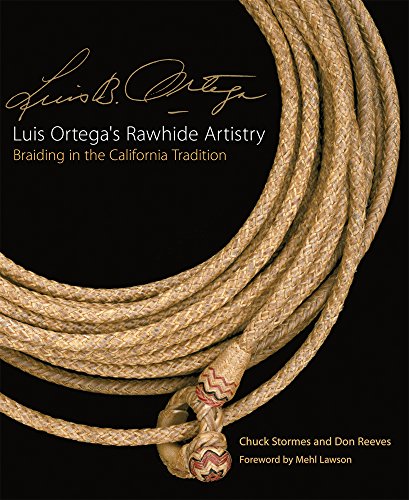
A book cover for Luis OrtegaEEs Rawhide Artistry: Braiding in the California Tradition (The Western Legacies Series); Chuck Stormes; Crafts, Hobbies & Home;